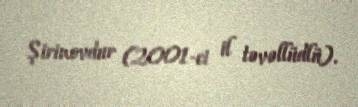
Şirinovdur (2001-ci il təvəllüdlü).